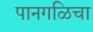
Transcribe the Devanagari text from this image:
पानगळिचा